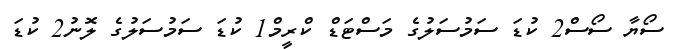
ސޯޔާ ސޯސް2 ކުޑަ ސަމުސަލުގެ މަސްޓަޑް ކްރީމް1 ކުޑަ ސަމުސަލުގެ ލޮނު2 ކުޑަ